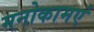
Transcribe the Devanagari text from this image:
मनोकामएं